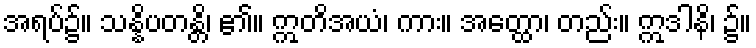
အရပ်၌။ သန္နိပတန္တိ၊ ၏။ ဣတိအယံ၊ ကား။ အတ္ထော၊ တည်း။ ဣဒါနိ၊ ၌။